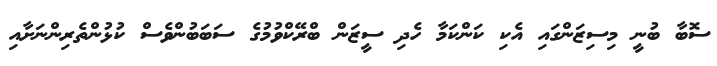
ސޮބާ ބުނީ މިސިޒަންގައި އެކި ކަންކަމާ ހެދި ސީޒަން ބްރޭކްވުމުގެ ސަބަބުންވެސް ކުޅުންތެރިންނަށާއި